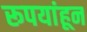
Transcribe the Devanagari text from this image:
रूपयांहून